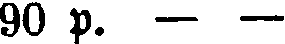
90 p. — —